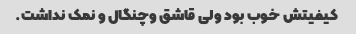
کیفیتش خوب بود ولی قاشق وچنگال و نمک نداشت.